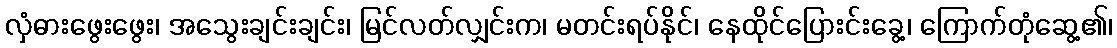
လှံဓားဖွေးဖွေး၊ အသွေးချင်းချင်း၊ မြင်လတ်လျှင်းက၊ မတင်းရပ်နိုင်၊ နေထိုင်ပြေားင်းခွေ့၊ ကြောက်တုံဆွေ့၏၊